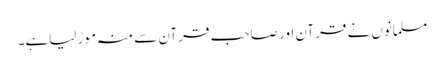
مسلمانوں نے قرآن اور صاحب قرآن سے منہ موڑ لیاہے۔